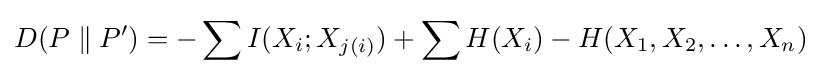
D(P\parallel P^{\prime })=-\sum I(X_{i};X_{j(i)})+\sum H(X_{i})-H(X_{1},X_{2},\ldots ,X_{n})